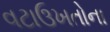
વટાઉખતોના